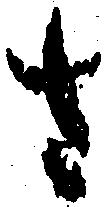
さ